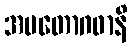
အမတောဂဓာနိ